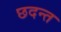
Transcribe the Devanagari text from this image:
छदन्त